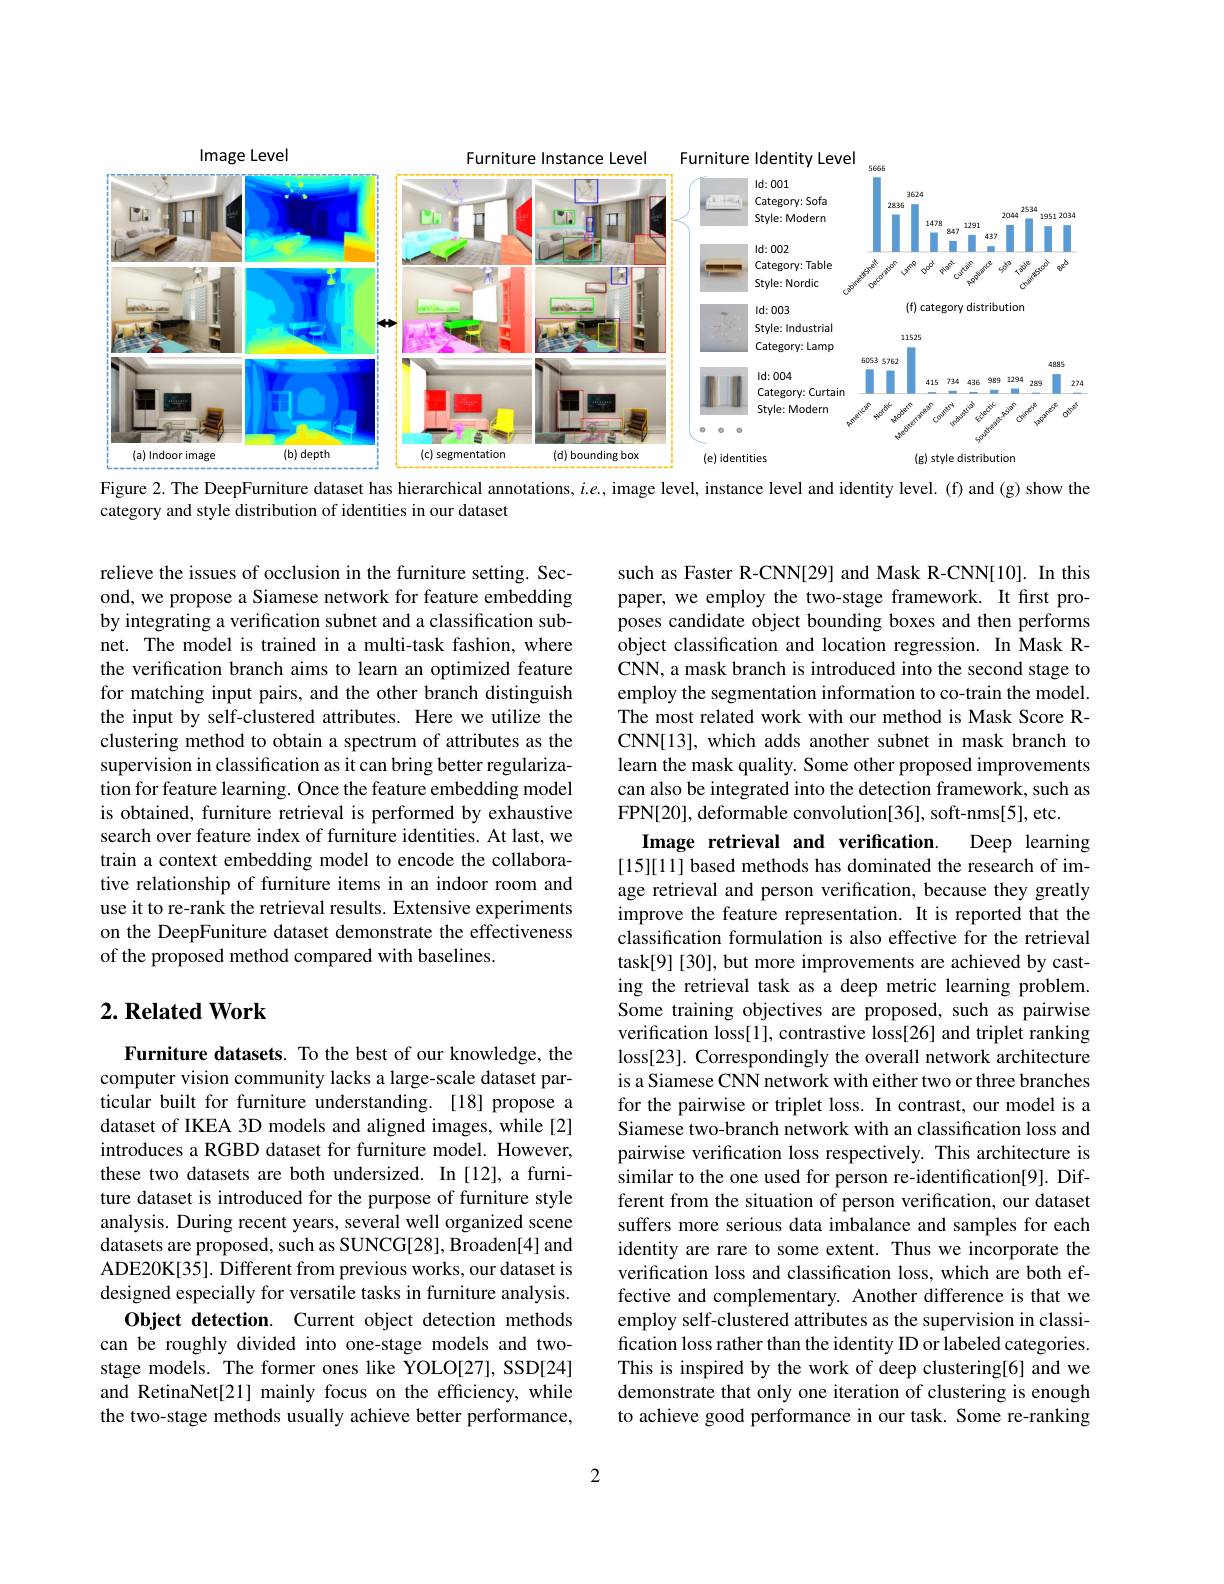
<FigureHere>
Figure 2. The DeepFurniture dataset has hierarchical annotations, $i.e.$, image level, instance level and identity level. (f) and (g) show the

category and style distribution of identities in our dataset

such as Faster R-CNN[29] and Mask R-CNN[10]. In this paper, we employ the two-stage framework. It first proposes candidate object bounding boxes and then performs object classification and location regression. In Mask RCNN, a mask branch is introduced into the second stage to employ the segmentation information to co-train the model. The most related work with our method is Mask Score RCNN[13], which adds another subnet in mask branch to learn the mask quality. Some other proposed improvements can also be integrated into the detection framework, such as FPN[20], deformable convolution[36], soft-nms[5], etc.
Image retrieval and verification.
Deep learning

relieve the issues of occlusion in the furniture setting. Second, we propose a Siamese network for feature embedding by integrating a verification subnet and a classification subnet. The model is trained in a multi-task fashion, where the verification branch aims to learn an optimized feature for matching input pairs, and the other branch distinguish the input by self-clustered attributes. Here we utilize the clustering method to obtain a spectrum of attributes as the supervision in classification as it can bring better regulariza- $\hat{\text{tion for feature learning. Once the feature embedding model}}$ is obtained, furniture retrieval is performed by exhaustive search over feature index of furniture identities. At last, we train a context embedding model to encode the collaborative relationship of furniture items in an indoor room and use it to re-rank the retrieval results. Extensive experiments on the DeepFuniture dataset demonstrate the effectiveness of the proposed method compared with baselines.

[15][11] based methods has dominated the research of image retrieval and person verification, because they greatly improve the feature representation. It is reported that the classification formulation is also effective for the retrieval task[9] [30], but more improvements are achieved by casting the retrieval task as a deep metric learning problem. Some training objectives are proposed, such as pairwise verification loss[1], contrastive loss[26] and triplet ranking loss[23]. Correspondingly the overall network architecture is a Siamese CNN network with either two or three branches for the pairwise or triplet loss. In contrast, our model is a Siamese two-branch network with an classification loss and pairwise verification loss respectively. This architecture is similar to the one used for person re-identification[9]. Different from the situation of person verification, our dataset suffers more serious data imbalance and samples for each identity are rare to some extent. Thus we incorporate the verification loss and classification loss, which are both effective and complementary. Another difference is that we employ self-clustered attributes as the supervision in classification loss rather than the identity ID or labeled categories. This is inspired by the work of deep clustering[6] and we demonstrate that only one iteration of clustering is enough to achieve good performance in our task. Some re-ranking

## $2. \textbf{Related Work}$

Furniture datasets. To the best of our knowledge, the computer vision community lacks a large-scale dataset particular built for furniture understanding. [18] propose a dataset of IKEA 3D models and aligned images, while [2] introduces a RGBD dataset for furniture model. However, these two datasets are both undersized. In [12], a furniture dataset is introduced for the purpose of furniture style analysis. During recent years, several well organized scene datasets are proposed, such as SUNCG[28], Broaden[4] and ADE20K[35]. Different from previous works, our dataset is designed especially for versatile tasks in furniture analysis.
Object detection. Current object detection methods can be roughly divided into one-stage models and twostage models. The former ones like YOLO[27], SSD[24] and RetinaNet[21] mainly focus on the efficiency, while the two-stage methods usually achieve better performance,

2